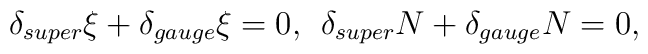
\delta_{super}\xi + \delta_{gauge}\xi = 0 ,\:\:\delta_{super}N + \delta_{gauge}N = 0,